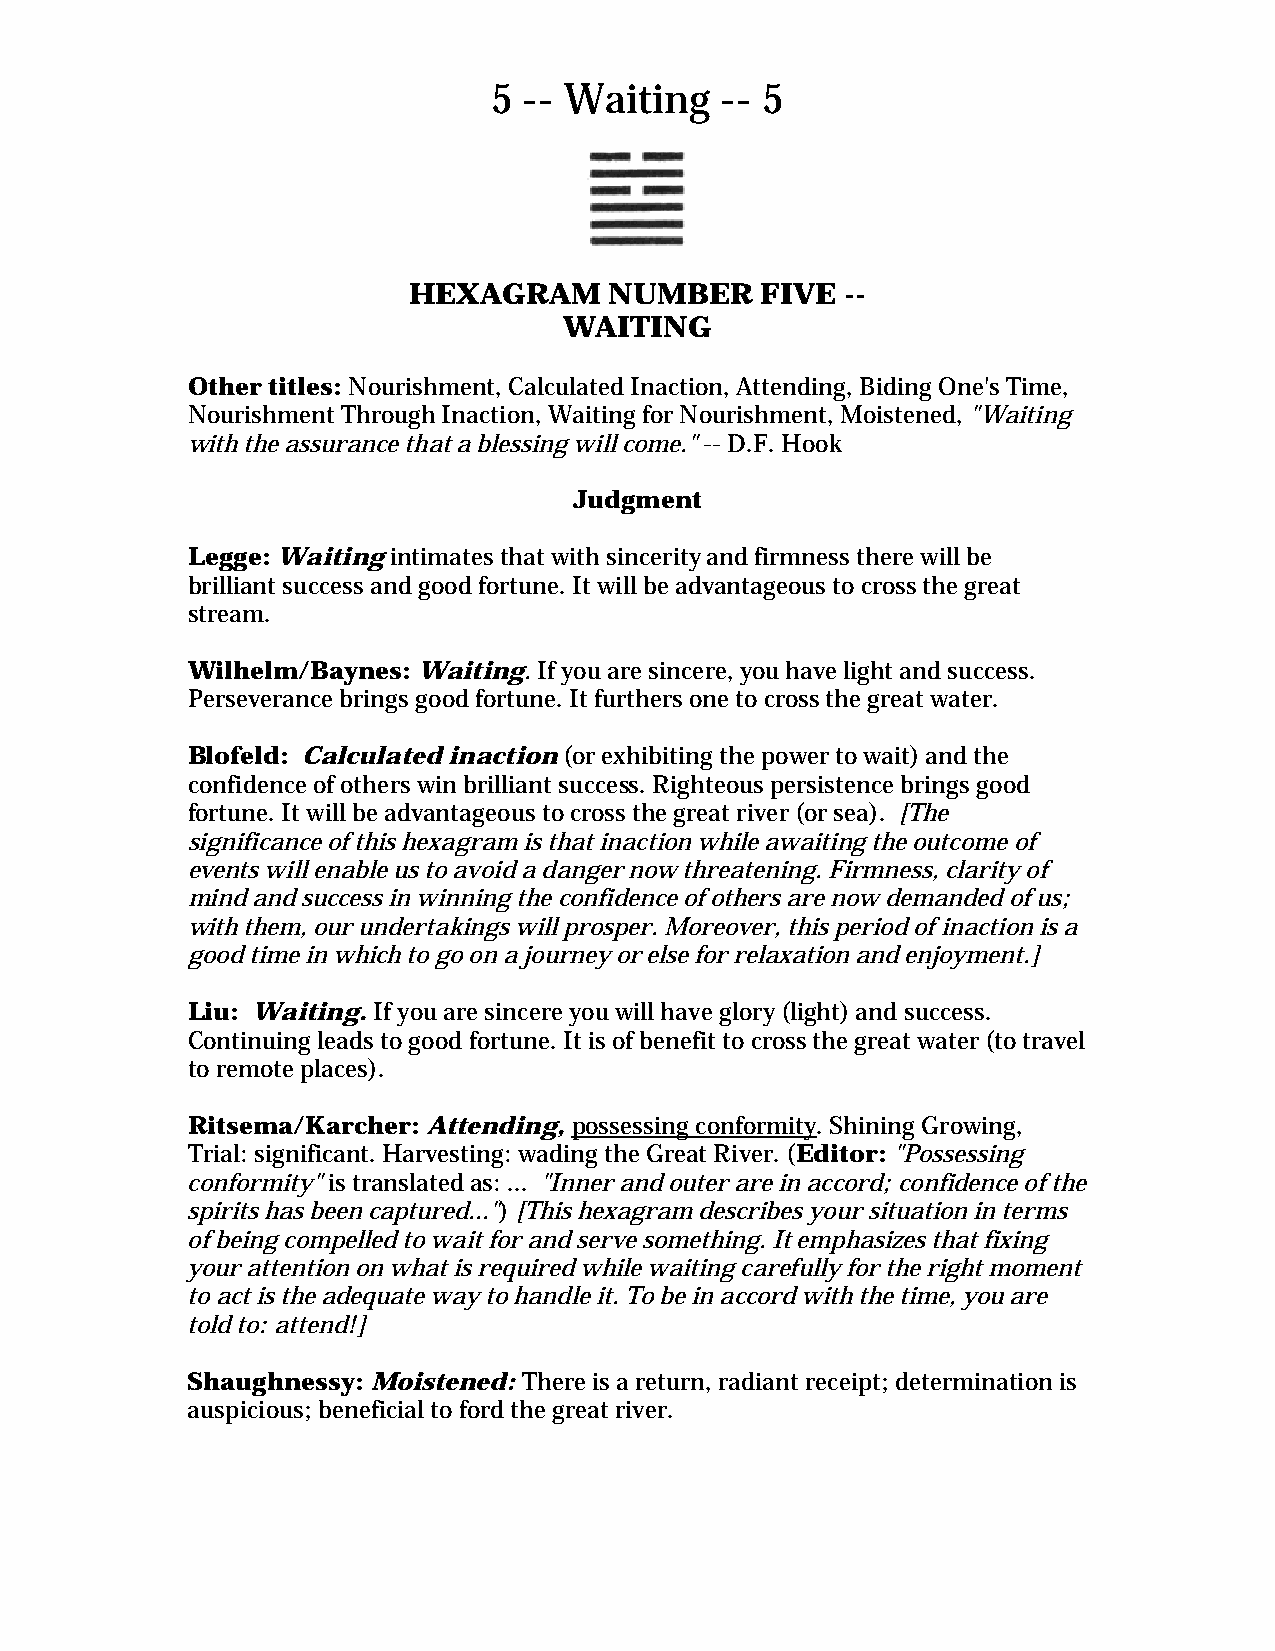
5 -- Waiting   -- 5
 HEXAGRAM     NUMBER    FIVE  --
 WAITING
 Other titles: Nourishment, Calculated Inaction, Attending, Biding One's Time,
 Nourishment Through Inaction, Waiting for Nourishment, Moistened, "Waiting
 with the assurance that a blessing will come." -- D.F. Hook
 Judgment
 Legge: Waiting intimates that with sincerity and firmness there will be
 brilliant success and good fortune. It will be advantageous to cross the great
 stream.
 Wilhelm/Baynes: Waiting. If you are sincere, you have light and success.
 Perseverance brings good fortune. It furthers one to cross the great water.
 Blofeld: Calculated inaction (or exhibiting the power to wait) and the
 confidence of others win brilliant success. Righteous persistence brings good
 fortune. It will be advantageous to cross the great river (or sea). [The
 significance of this hexagram is that inaction while awaiting the outcome of
 events will enable us to avoid a danger now threatening. Firmness, clarity of
 mind and success in winning the confidence of others are now demanded of us;
 with them, our undertakings will prosper. Moreover, this period of inaction is a
 good time in which to go on a journey or else for relaxation and enjoyment.]
 Liu: Waiting. If you are sincere you will have glory (light) and success.
 Continuing leads to good fortune. It is of benefit to cross the great water (to travel
 to remote places).
 Ritsema/Karcher: Attending, possessing conformity. Shining Growing,
 Trial: significant. Harvesting: wading the Great River. (Editor: "Possessing
 conformity" is translated as: ... "Inner and outer are in accord; confidence of the
 spirits has been captured...") [This hexagram describes your situation in terms
 of being compelled to wait for and serve something. It emphasizes that fixing
 your attention on what is required while waiting carefully for the right moment
 to act is the adequate way to handle it. To be in accord with the time, you are
 told to: attend!]
 Shaughnessy: Moistened: There is a return, radiant receipt; determination is
 auspicious; beneficial to ford the great river.